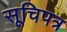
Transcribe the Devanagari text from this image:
सूचिपत्र